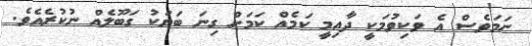
ނަމަވެސް އެ ވަކިވުމަކީ ދާއިމީ ކަމެއް ކަމަށް ގިނަ ބަޔަކު ގަބޫލެއް ނުކުރެއެވެ.